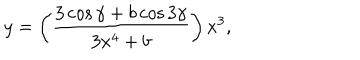
y = \left( \frac { 3 \cos \gamma + b \cos 3 \gamma } { 3 x ^ { 4 } + b } \right) x ^ { 3 } ,